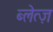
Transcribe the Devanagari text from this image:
ब्लेत्ज़